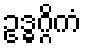
ဥဒ္ဓဂ္ဂိကံ